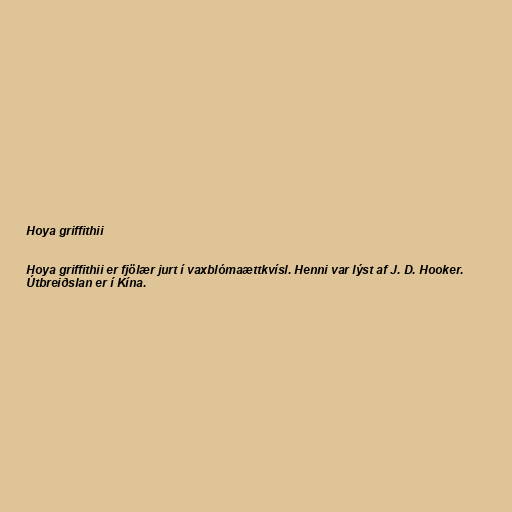
Hoya griffithii

Hoya griffithii er fjölær jurt í vaxblómaættkvísl. Henni var lýst af J. D. Hooker.
Útbreiðslan er í Kína.